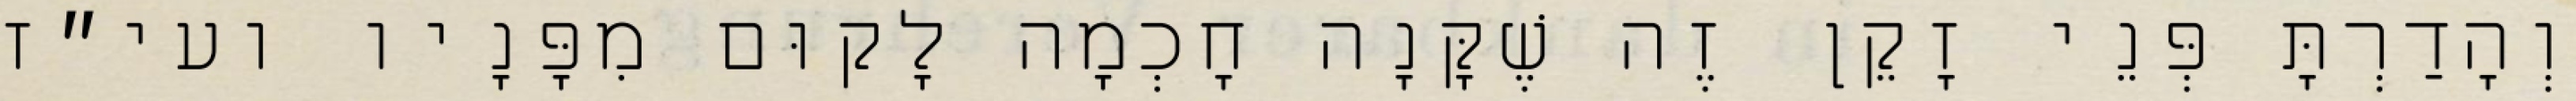
וְהָדַרְתָּ פְּנֵי זָקֵן זֶה שֶׁקָּנָה חׇכְמָה לָקוּם מִפָּנָיו ועי״ז